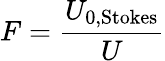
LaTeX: F=\frac{U_{0,\mathrm{Stokes}}}{U}